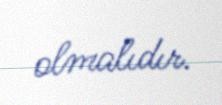
olmalıdır.